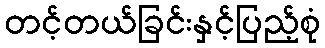
တင့်တယ်ခြင်းနှင့်ပြည့်စုံ